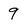
Character: 9